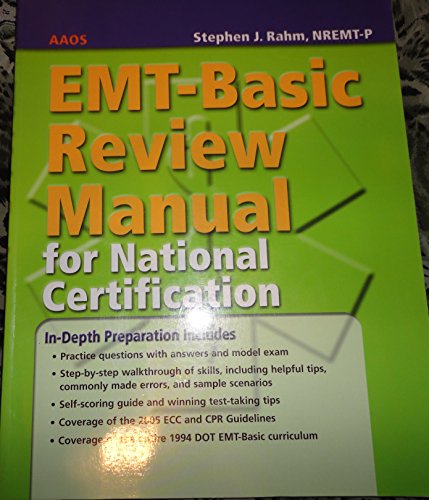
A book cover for EMT-Basic Review Manual for National Certification; Medical Books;